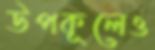
উপকূলেও